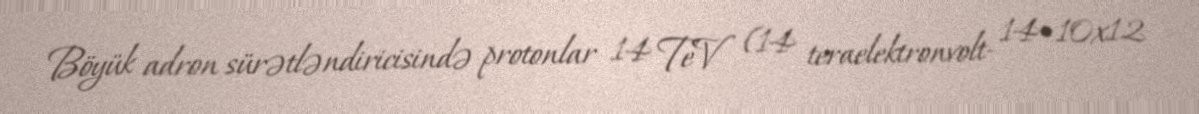
Böyük adron sürətləndiricisində protonlar 14 TeV (14 teraelektronvolt- 14•10x12